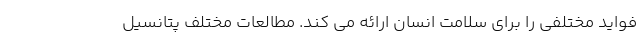
فواید مختلفی را برای سلامت انسان ارائه می کند. مطالعات مختلف پتانسیل